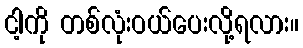
ငါ့ကို တစ်လုံးဝယ်ပေးလို့ရလား။